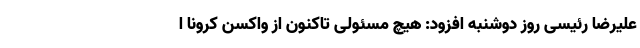
علیرضا رئیسی روز دوشنبه افزود: هیچ مسئولی تاکنون از واکسن کرونا ا